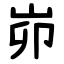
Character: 峁